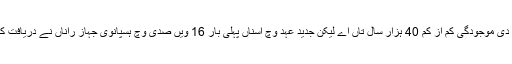
گو کہ اس جزیرے تے انساناں دی موجودگی کم از کم 40 ہزار سال تاں اے لیکن جدید عہد وچ اسناں پہلی بار 16 ویں صدی وچ ہسپانوی جہاز راناں نے دریافت کیتا تے اسناں نیو گنی دا نام دتا۔